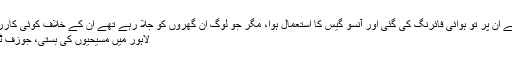
لیکن، افسوس کی بات یہ ہے کہ جو مظاہرے ہوئے اُن پر تو ہوائی فائرنگ کی گئی اور آنسو گیس کا استعمال ہوا، مگر جو لوگ اِن گھروں کو جلا رہے تھے اُن کے خلاف کوئی کارروائی نہیں کی گئی‘: سربراہ، حقوقِ انسانی کمیشن
لاہور میں مسیحیوں کی بستی، جوزف ٹاؤن ویرانی اور بربادی کی تصویر بنی ہوئی ہے۔